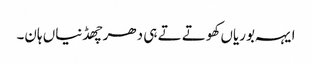
ایہہ بوریاں کھوتے تے ہی دھر چھڈنیاں ہان۔